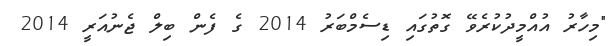
"މިހާރު އުއްމީދުކުރެވޭ ގޮތުގައި ޑިސެމްބަރު 2014 ގެ ފެން ބިލް ޖެނުއަރީ 2014